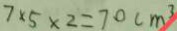
7 \times 5 \times 2 = 7 0 c m ^ { 3 }